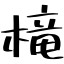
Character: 槞